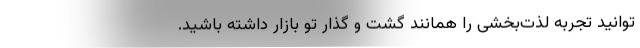
‌توانید تجربه لذت‌بخشی را همانند گشت و گذار تو بازار داشته باشید.